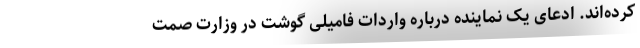
کرده‌اند. ادعای یک نماینده درباره واردات فامیلی گوشت در وزارت صمت